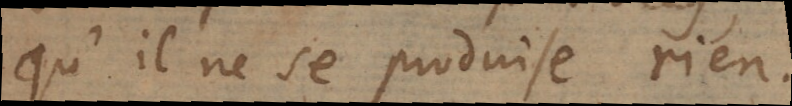
il ne se produise rien.